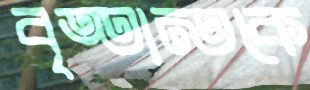
বৃত্তান্তকে